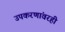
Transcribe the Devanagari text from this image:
उपकरणांवरही